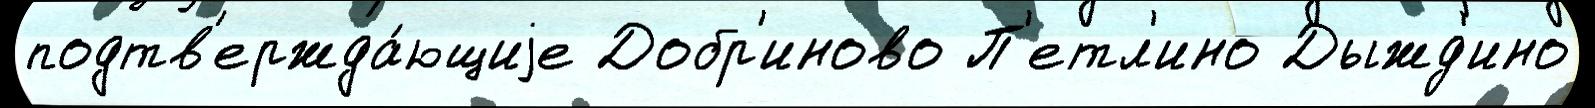
подтв'ержда́ющиjе Добр'иново П'етл'ино Дыжд'ино